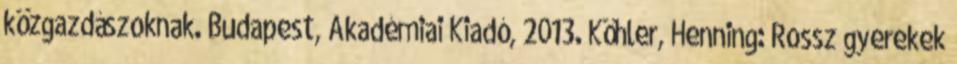
közgazdászoknak. Budapest, Akadémiai Kiadó, 2013. Köhler, Henning: Rossz gyerekek